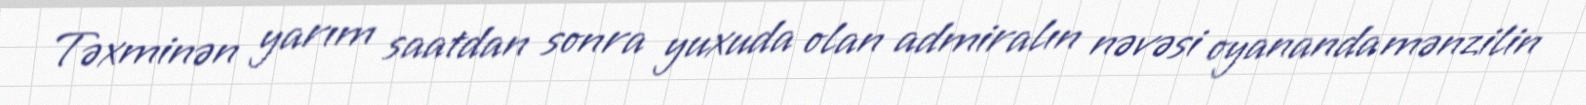
Təxminən yarım saatdan sonra yuxuda olan admiralın nəvəsi oyananda mənzilin